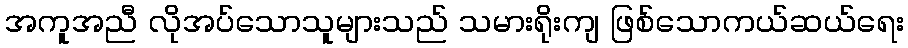
အကူအညီ လိုအပ်သောသူများသည် သမားရိုးကျ ဖြစ်သောကယ်ဆယ်ရေး